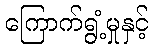
ကြောက်ရွံ့မှုနှင့်